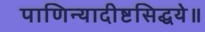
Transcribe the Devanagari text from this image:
पाणिन्यादीष्टसिद्धये॥